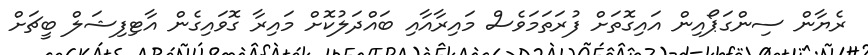
ރެޔާން ސިންގަޕޯއިން އައިގޮތަށް ފުރަތަމަވެސް މައިރާއާއި ބައްދަލުކޮށް މައިރާ ގޮވައިގެން އާޓިފިޝަލް ބީޗަށް